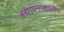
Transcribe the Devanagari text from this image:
स्थापनाकालीन